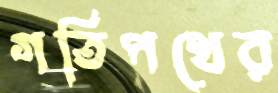
গতিপথের